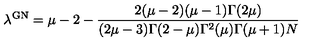
\lambda ^ { \mathrm { \footnotesize { G N } } } = \mu - 2 - \frac { 2 ( \mu - 2 ) ( \mu - 1 ) \Gamma ( 2 \mu ) } { ( 2 \mu - 3 ) \Gamma ( 2 - \mu ) \Gamma ^ { 2 } ( \mu ) \Gamma ( \mu + 1 ) N }